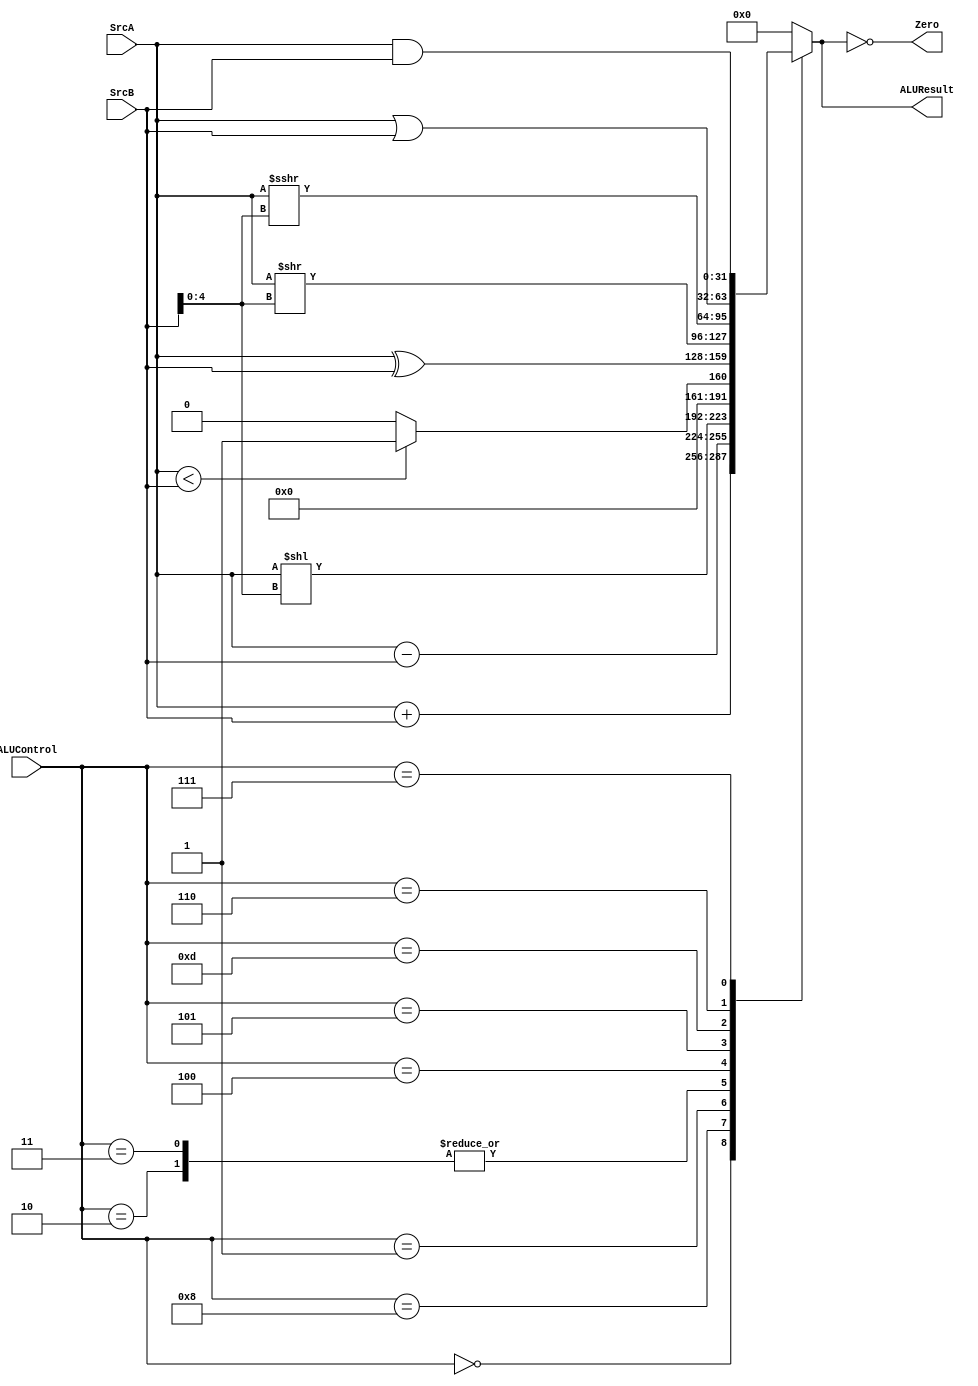
module alu (
    input wire [31:0] SrcA,
    input wire [31:0] SrcB,
    input wire [3:0] ALUControl,
    output reg [31:0] ALUResult,
    output reg Zero
);
  reg [31:0] temp_result;

  always @(*) begin
    case (ALUControl)
      4'b0000: temp_result = SrcA + SrcB;  // Addition
      4'b1000: temp_result = SrcA - SrcB;  // Subtraction
      4'b0001: temp_result = SrcA << SrcB[4:0];  //Shift left
      4'b0010: temp_result = (SrcA < SrcB) ? 1 : 0;  // Set Less Than
      4'b0011: temp_result = (SrcA < SrcB) ? 1 : 0;  // Set Less Than Unsigned
      4'b0100: temp_result = SrcA ^ SrcB;  // Bitwise XOR
      4'b0101: temp_result = SrcA >> SrcB[4:0];  // Logical shift right
      4'b1101: temp_result = SrcA >>> SrcB[4:0];  // Arithmetic shift right
      4'b0110: temp_result = SrcA | SrcB;  // Bitwise OR
      4'b0111: temp_result = SrcA & SrcB;  // Bitwise AND
      default: temp_result = 32'h0;
    endcase

    ALUResult = temp_result;  // was temp_result
    Zero = (ALUResult == 32'h0);  // Set Zero flag
  end
endmodule